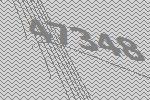
47348